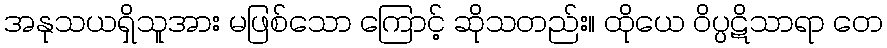
အနုသယရှိသူအား မဖြစ်သော ကြောင့် ဆိုသတည်း။ ထိုယေ ဝိပ္ပဋိသာရာ တေ